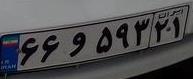
۶۶و۵۹۳۲۱